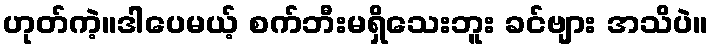
ဟုတ်ကဲ့။ဒါပေမယ့် စက်ဘီးမရှိသေးဘူး ခင်ဗျား အသိပဲ။